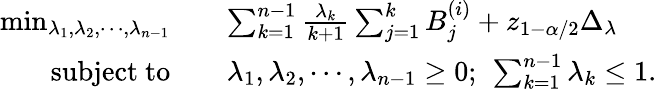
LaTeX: \begin{array}{rl}{\operatorname*{min}_{\lambda_{1},\lambda_{2},\cdots,\lambda_{n-1}}\quad}&{\sum_{k=1}^{n-1}\frac{\lambda_{k}}{k+1}\sum_{j=1}^{k}B_{j}^{(i)}+z_{1-\alpha/2}\Delta_{\lambda}}\\ {\mathrm{subject~to}\quad}&{\lambda_{1},\lambda_{2},\cdots,\lambda_{n-1}\ge 0;\ \sum_{k=1}^{n-1}\lambda_{k}\le 1.}\end{array}